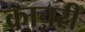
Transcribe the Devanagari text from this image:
काचरी